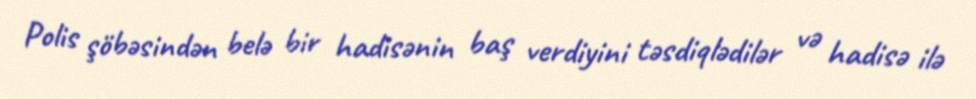
Polis şöbəsindən belə bir hadisənin baş verdiyini təsdiqlədilər və hadisə ilə